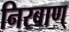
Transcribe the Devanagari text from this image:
निरबाण्